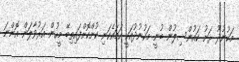
މަކުނުދޫ ރަށު ކައުންސިލުން ބުނީ މަކުނުދުއަކީ ހަމައެކަނި ކުށްކޮށްފައިތިބޭ މީހުން އަރުވާލަން އޮންނަ